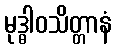
မုဒ္ဓါဝသိတ္တာနံ